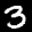
Label: 3